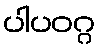
ပါပဝဂ္ဂ